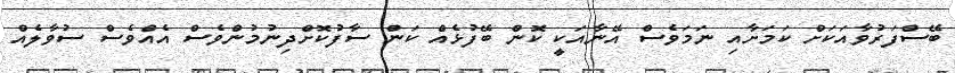
ބޭސްފަރުވާއަކަށް ކަމަށާއި ނަމަވެސް އޭނާއަކީ ކޮން ބޭފުޅެއް ކަން ސާފުކޮށްދިނުމުންވެސް އެއްވެސް ސުވާލެއް